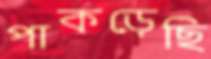
পাকড়েছি